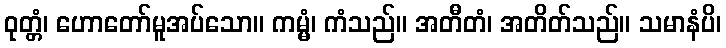
ဝုတ္တံ၊ ဟောတော်မူအပ်သော။ ကမ္မံ၊ ကံသည်။ အတီတံ၊ အတိတ်သည်။ သမာနံပိ၊